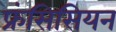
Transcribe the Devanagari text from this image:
फ्रंसिसियन